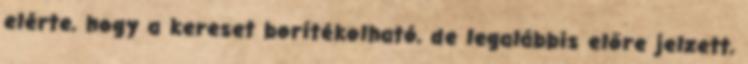
elérte, hogy a kereset borítékolható, de legalábbis előre jelzett,